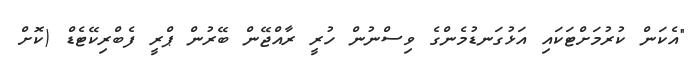
"އެކަން ކުރުމަށްޓަކައި އަޅުގަނޑުމެންގެ ވިސްނުން ހުރީ ރާއްޖޭން ބޭރުން ޕްރީ ފެބްރިކޭޓެޑް (ކޮށް